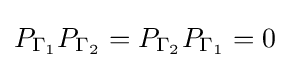
P_{\Gamma _{1}}P_{\Gamma _{2}}=P_{\Gamma _{2}}P_{\Gamma _{1}}=0